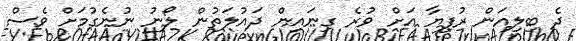
ދެ ބިލިއަން ރުފިޔާ އަށް ވުރެ ގިނައިން ދައުލަތުން ލޯނު ނުނެގުމަށް ވެސް